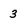
Character: 3